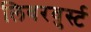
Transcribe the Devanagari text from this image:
लिवरवुर्स्ट